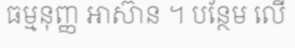
ធម្មនុញ្ញ អាស៊ាន ។ បន្ថែម លើ